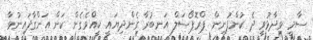
ސާމީ ވިދާޅުވީ ދެ ކުންފުނިން ޕްރޮޕޯސަލް އަނބުރާ ގެންދިޔައީ ކީއްވެގެން ކަން އަންގާފައިނުވާ